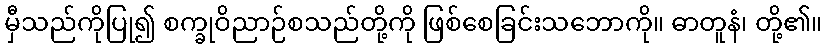
မှီသည်ကိုပြု၍ စက္ခုဝိညာဉ်စသည်တို့ကို ဖြစ်စေခြင်းသဘောကို။ ဓာတူနံ၊ တို့၏။